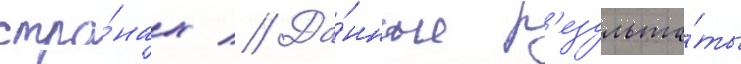
стра́нах // Да́нные р'езульта́ты